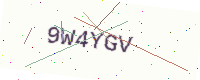
Text: 9W4YGV